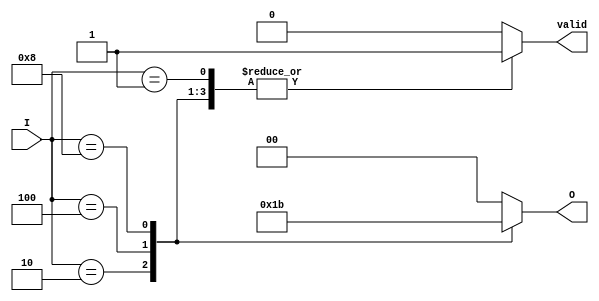
module multilevel_encoder (
    input wire [3:0] I,      // 4 input lines
    output reg [1:0] O,      // 2 output lines
    output reg valid          // Valid signal
);

    always @(*) begin
        // Default values
        O = 2'b00;            // Default output
        valid = 1'b0;        // Default valid signal

        // Priority encoding logic
        case (I)
            4'b0000: begin
                O = 2'b00;    // No input active
                valid = 1'b0; // Invalid state
            end
            4'b0001: begin
                O = 2'b00;    // I0 is active
                valid = 1'b1; // Valid state
            end
            4'b0010: begin
                O = 2'b01;    // I1 is active
                valid = 1'b1; // Valid state
            end
            4'b0100: begin
                O = 2'b10;    // I2 is active
                valid = 1'b1; // Valid state
            end
            4'b1000: begin
                O = 2'b11;    // I3 is active
                valid = 1'b1; // Valid state
            end
            default: begin
                O = 2'b00;    // Invalid state
                valid = 1'b0; // Invalid state
            end
        endcase
    end
endmodule